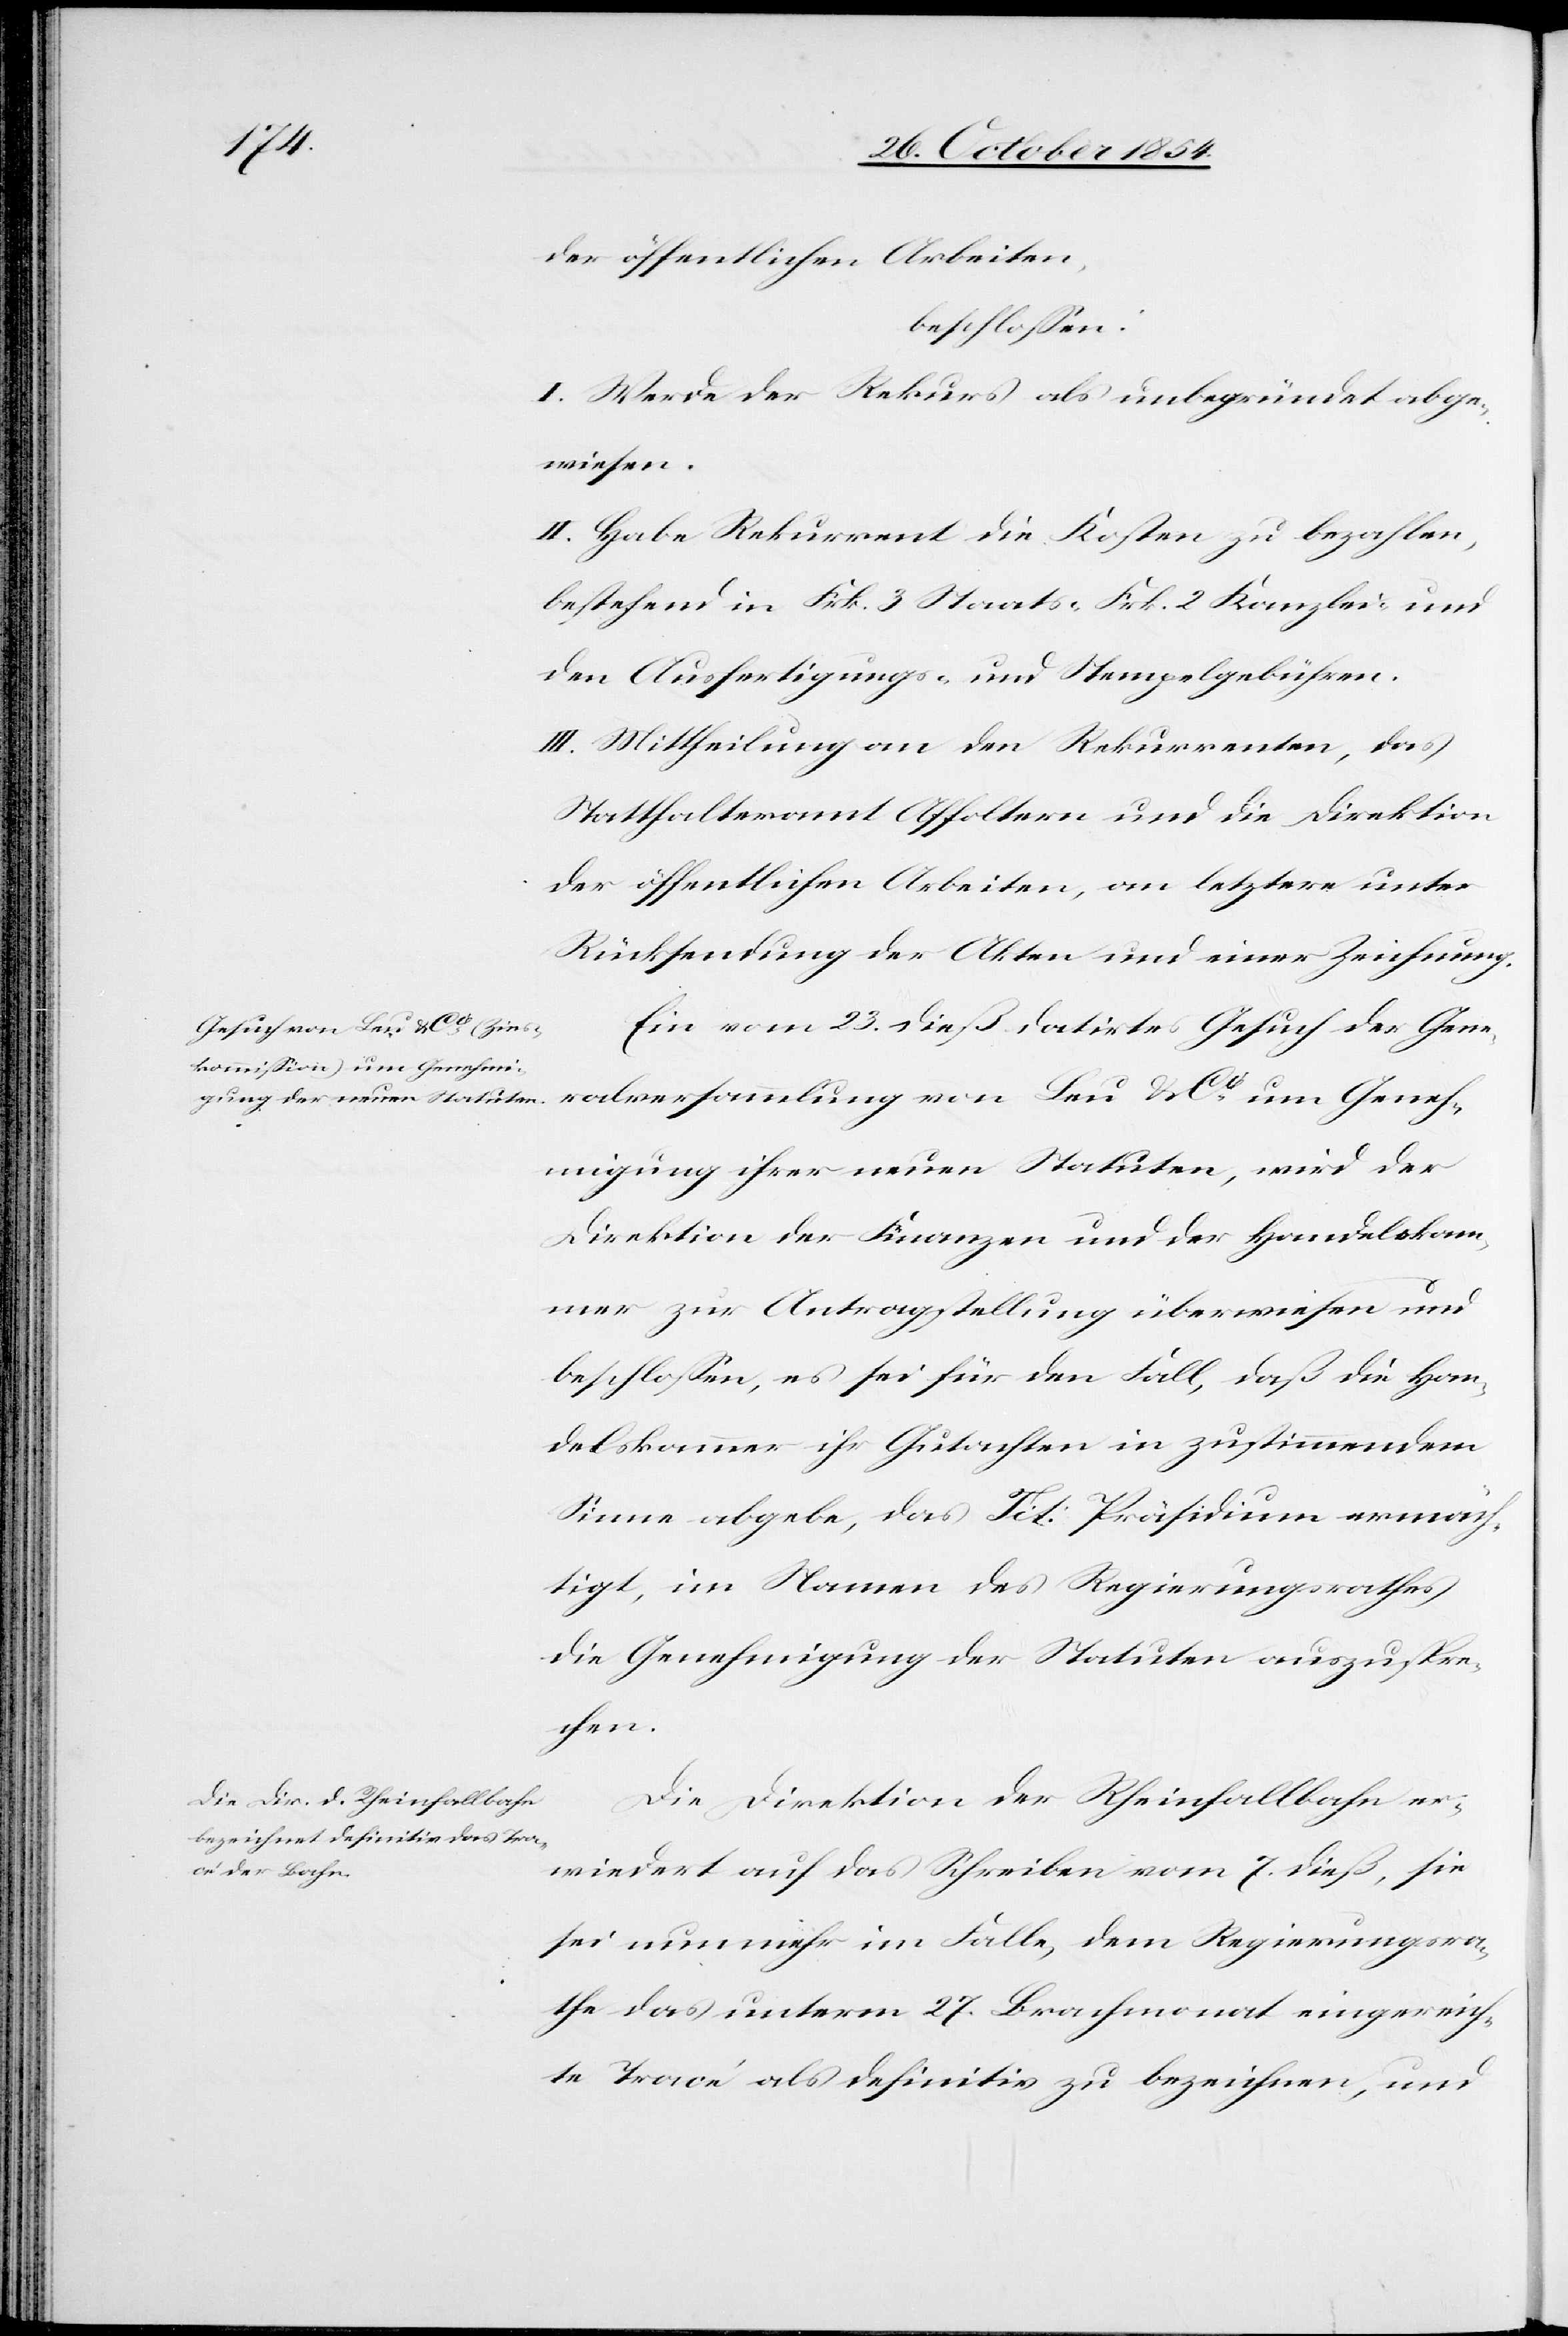
der öffentlichen Arbeiten,
beschloßen:
I. Werde der Rekurs als unbegründet abge¬
wiesen.
II. Habe Rekurrent die Kosten zu bezahlen,
bestehend in Frk. 3 Staats-[,] Frk. 2 Kanzlei- und
den Ausfertigungs- und Stempelgebühren.
III. Mittheilung an den Rekurrenten, das
Statthalteramt Affoltern und die Direktion
der öffentlichen Arbeiten, an letztere unter
Rücksendung der Akten und einer Zeichnung.
Ein vom 23. dieß datirtes Gesuch der Gene¬
ralsversammlung von Leu & Co um Geneh¬
migung ihrer neuen Statuten, wird der
Direktion der Finanzen und der Handelskam¬
mer zur Antragstellung überwiesen und
beschloßen, es sei für den Fall, daß die Han¬
delskammer ihr Gutachten in zustimmendem
Sinne abgebe, das Tit: Präsidium ermäch¬
tigt, im Namen des Regierungsrathes
die Genehmigung der Statuten auszuspre¬
chen.
Die Direktion der Rheinfallbahn er¬
wiedert auf das Schreiben vom 7. dieß, sie
sei nunmehr im Falle, dem Regierungsra¬
the das unterm 27. Brachmonat eingereich¬
te Tracé als definitiv zu bezeichnen, und